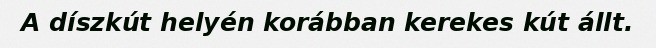
A díszkút helyén korábban kerekes kút állt.